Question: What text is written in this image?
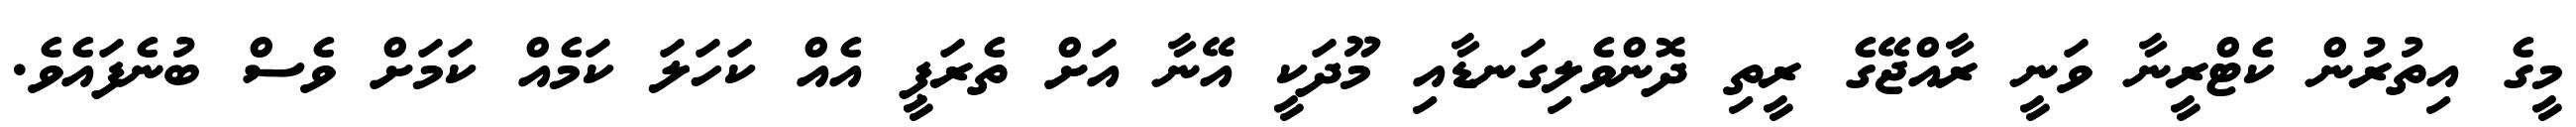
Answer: މީގެ އިތުރުން ކެޓްރީނާ ވަނީ ރާއްޖޭގެ ރީތި ދޮންވެލިގަނޑާއި މޫދަކީ އޭނާ އަށް ތެރަޕީ އެއް ކަހަލަ ކަމެއް ކަމަށް ވެސް ބުނެފައެވެ.